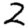
Digit: 2